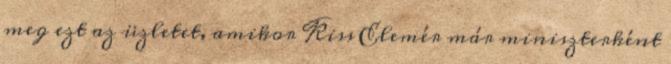
meg ezt az üzletet, amikor Kiss Elemér már miniszterként